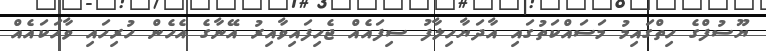
ޔޫސުފްގެ ހިތްގައިމު މަސައްކަތުގައި އާދަޔާހިލާފު ސިފައެއް ޖެހިފައިވާއިރު އޭނާގެ އެހެން ހުރިހައި ވާހަކައެއް